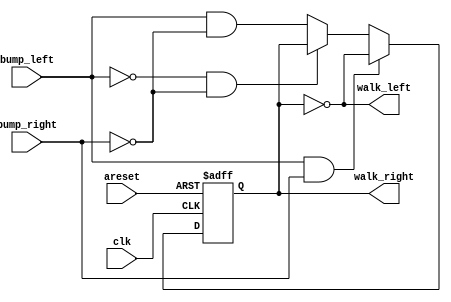
//Lemmings1
//https://hdlbits.01xz.net/wiki/Lemmings1
module top_module(
    input clk,
    input areset,    // Freshly brainwashed Lemmings walk left.
    input bump_left,
    input bump_right,
    output walk_left,
    output walk_right); //  

  parameter LEFT=0, RIGHT=1;
    reg state, next_state;

    always @(*) begin
        next_state= (bump_left)&(~bump_right);     // State transition logic
    end

    always @(posedge clk, posedge areset) begin
        if (areset)
            state<=LEFT;
        else if ((bump_left&bump_right)==1)
             state<=~state;
        else if ((bump_left==0)&(bump_right==0))
            state<=state;
        else
            state<=next_state;
    end
        // State flip-flops with asynchronous reset
    assign walk_left = (state == LEFT);
    assign walk_right = (state == RIGHT);
    // Output logic
    // assign walk_left = (state == ...);
    // assign walk_right = (state == ...);

endmodule